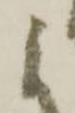
に